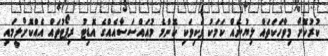
ކުރުކޮށް މިވާހަކަތައް ލިޔުނެއް ކަމަކު ވަކިވަކި ކޮންމެ މުއައްސަސާއެއްގެ އޮޑިޓު ރިޕޯޓުތައް އެއްކޮށްލީމައި